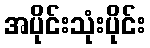
အပိုင်းသုံးပိုင်း